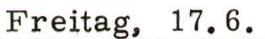
Freitag, 17.6.